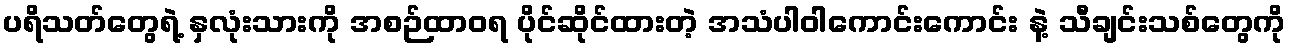
ပရိသတ်တွေရဲ့ နှလုံးသားကို အစဉ်ထာဝရ ပိုင်ဆိုင်ထားတဲ့ အသံပါဝါကောင်းကောင်း နဲ့ သီချင်းသစ်တွေကို